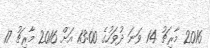
2016 މާރިޗު 14 ވަނަ ދުވަހުގެ 13:00 އަށް 2016 މާރިޗު 17